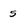
Character: 5